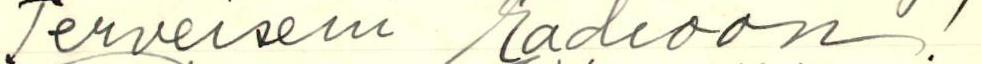
Terveiseni radioon!